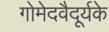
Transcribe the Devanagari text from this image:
गोमेदवैदूर्यके